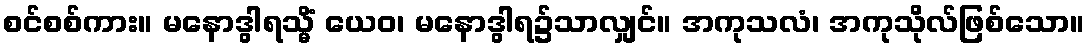
စင်စစ်ကား။ မနောဒွါရသ္မိံ ယေဝ၊ မနောဒွါရ၌သာလျှင်။ အကုသလံ၊ အကုသိုလ်ဖြစ်သော။